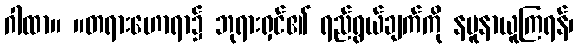
ဂါထာ။ ။တရားဟောရာ၌ ဘုရားရှင်၏ ရည်ရွယ်ချက်ကို နမူနာယူကြရန်၊